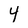
Character: 4